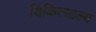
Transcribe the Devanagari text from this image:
चिकित्साल्य